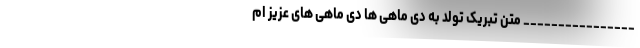
________________ متن تبریک تولد به دی ماهی ها دی ماهی های عزیز ام